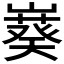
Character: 𫶙